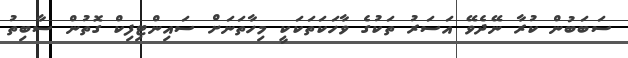
ސަބަބުން ކުރާ ނޭދެވޭ އަސަރު ތަކުގެ ވާހަކަތަކަކީ މިހާތަނަށް ސައިންޓިފިކް ގޮތުން ސާބިތު